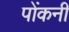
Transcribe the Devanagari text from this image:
पोंकनी